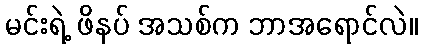
မင်းရဲ့ ဖိနပ် အသစ်က ဘာအရောင်လဲ။